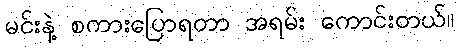
မင်းနဲ့ စကားပြောရတာ အရမ်း ကောင်းတယ်။